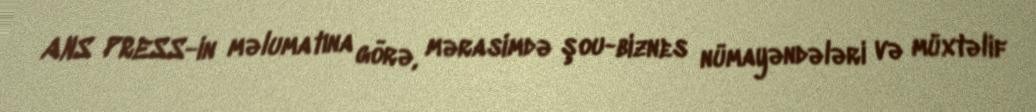
ANS PRESS-in məlumatına görə, mərasimdə şou-biznes nümayəndələri və müxtəlif